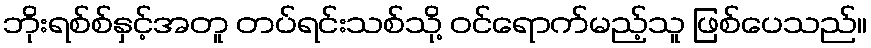
ဘိုးရစ်စ်နှင့်အတူ တပ်ရင်းသစ်သို့ ဝင်ရောက်မည့်သူ ဖြစ်ပေသည်။